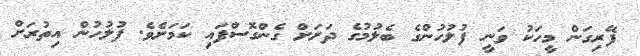
ފޭރިގަން މީހަކު ވަނީ ފުލުހުންގެ ބެލުމުގެ ދަށަށް ގެންގޮސްފައި ކަމަށެވެ. ފުލުހުން އިތުރަށް